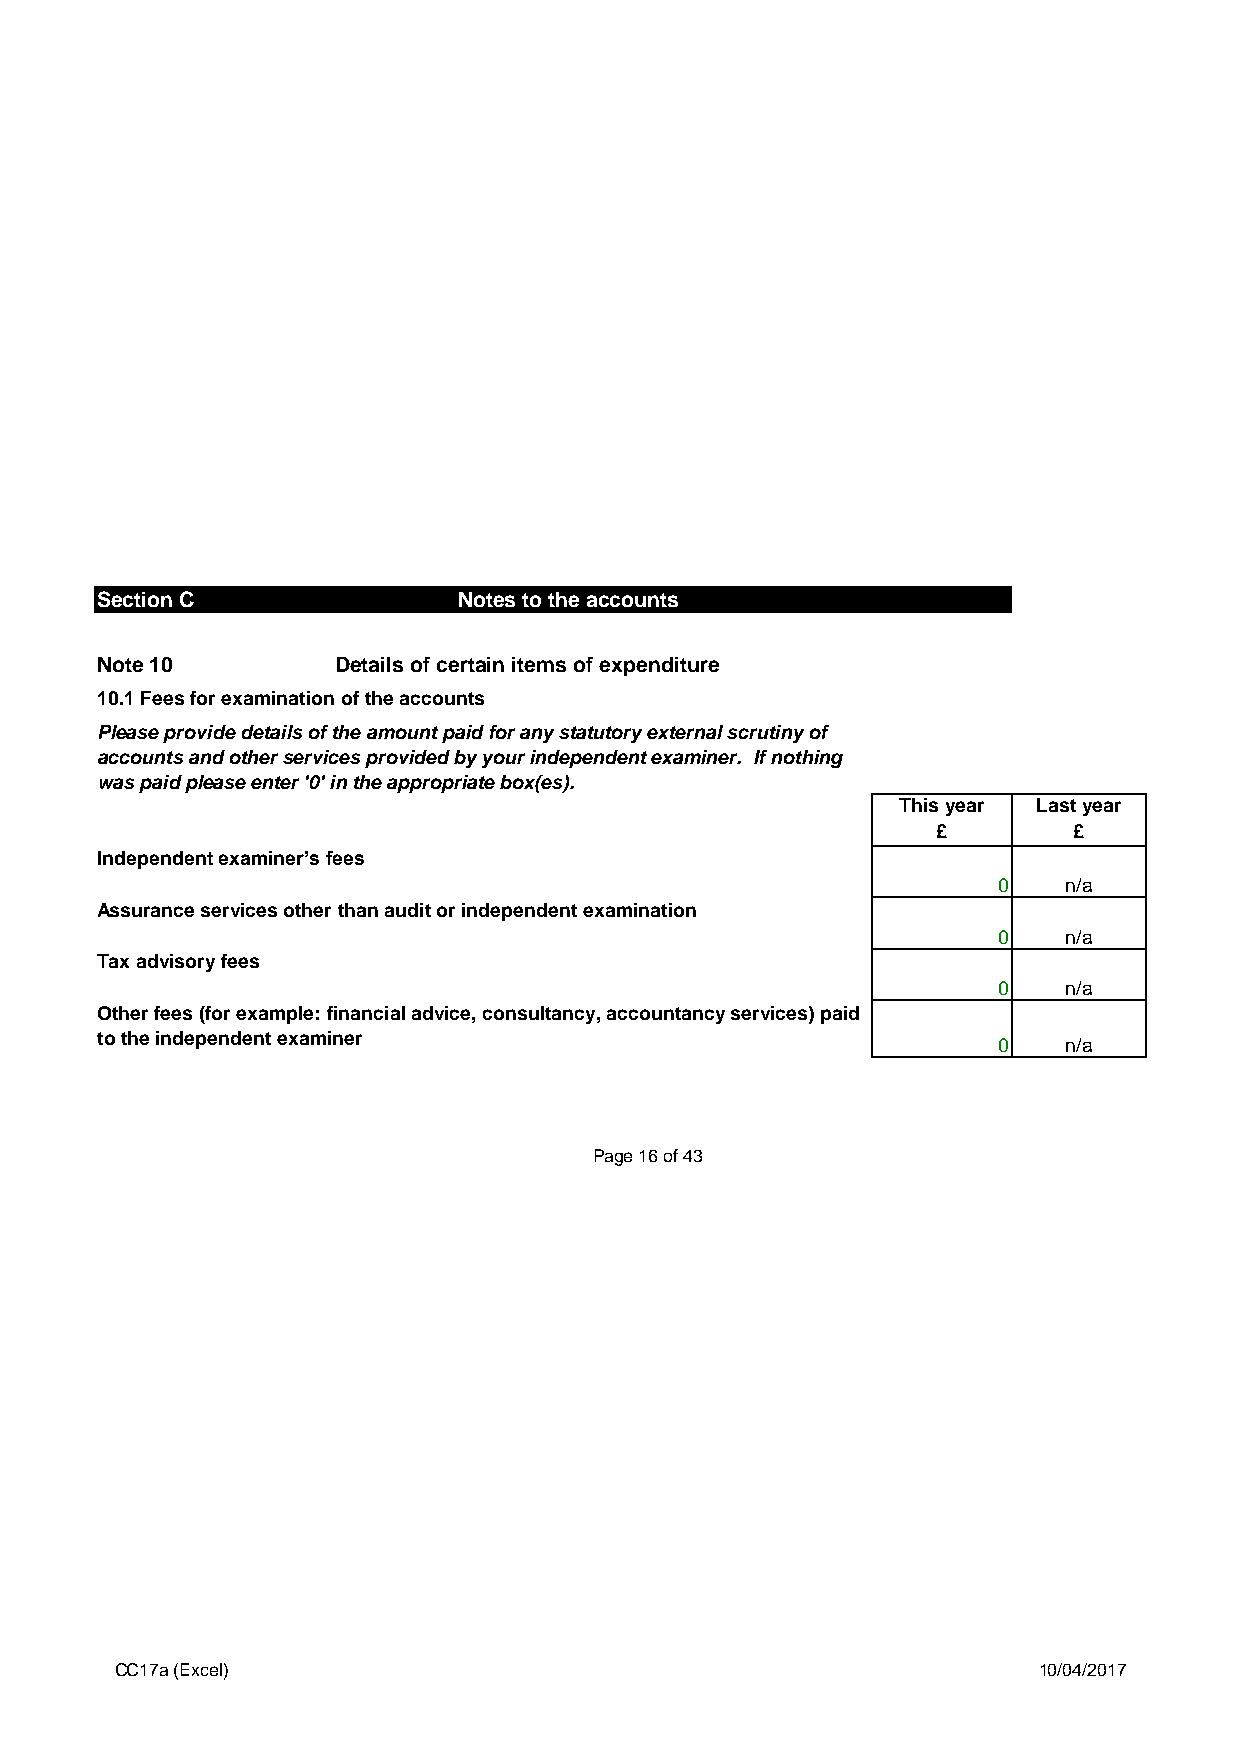
Section C               Notes to the accounts                (cont)
 Note 10         Details of certain items of expenditure
 10.1 Fees for examination of the accounts
 Please provide details of the amount paid for any statutory external scrutiny of
 accounts and other services provided by your independent examiner. If nothing
 was paid please enter '0' in the appropriate box(es).
 This year Last year
 £        £
 Independent examiner’s fees
 0   n/a
 Assurance services other than audit or independent examination
 0   n/a
 Tax advisory fees
 0   n/a
 Other fees (for example: financial advice, consultancy, accountancy services) paid
 to the independent examiner
 0   n/a
 Page 16 of 43
 CC17a (Excel)                                                10/04/2017